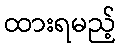
ထားရမည့်